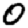
Digit: 0